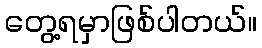
တွေ့ရမှာဖြစ်ပါတယ်။